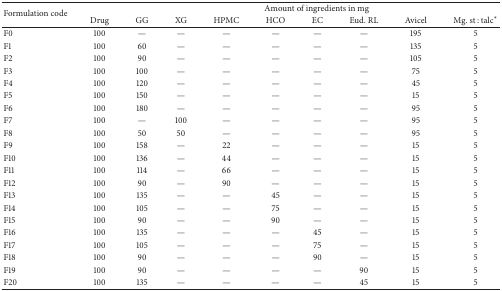
| <ROWSPAN=2> Formulation code |  | <COLSPAN=8> Amount of ingredients in mg |
 | Drug | GG | XG | HPMC | HCO | EC | Eud. RL | Avicel | Mg. st : talc* |
 | --- | --- | --- | --- | --- | --- | --- | --- | --- | --- |
 | F0 | 100 | — | — | — | — | — | — | 195 | 5 |
 | F1 | 100 | 60 | — | — | — | — | — | 135 | 5 |
 | F2 | 100 | 90 | — | — | — | — | — | 105 | 5 |
 | F3 | 100 | 100 | — | — | — | — | — | 75 | 5 |
 | F4 | 100 | 120 | — | — | — | — | — | 45 | 5 |
 | F5 | 100 | 150 | — | — | — | — | — | 15 | 5 |
 | F6 | 100 | 180 | — | — | — | — | — | 95 | 5 |
 | F7 | 100 | — | 100 | — | — | — | — | 95 | 5 |
 | F8 | 100 | 50 | 50 | — | — | — | — | 95 | 5 |
 | F9 | 100 | 158 | — | 22 | — | — | — | 15 | 5 |
 | F10 | 100 | 136 | — | 44 | — | — | — | 15 | 5 |
 | F11 | 100 | 114 | — | 66 | — | — | — | 15 | 5 |
 | F12 | 100 | 90 | — | 90 | — | — | — | 15 | 5 |
 | F13 | 100 | 135 | — | — | 45 | — | — | 15 | 5 |
 | F14 | 100 | 105 | — | — | 75 | — | — | 15 | 5 |
 | F15 | 100 | 90 | — | — | 90 | — | — | 15 | 5 |
 | F16 | 100 | 135 | — | — | — | 45 | — | 15 | 5 |
 | F17 | 100 | 105 | — | — | — | 75 | — | 15 | 5 |
 | F18 | 100 | 90 | — | — | — | 90 | — | 15 | 5 |
 | F19 | 100 | 90 | — | — | — | — | 90 | 15 | 5 |
 | F20 | 100 | 135 | — | — | — | — | 45 | 15 | 5 |